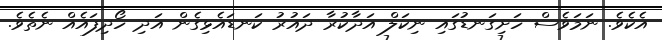
އެކެވެ. ނަމަވެސް ހަށިގަނޑުގައި ނިކަލް އަދާކުރާ ދައުރު ކަނޑައެޅިގެން އަދި ހޯދިފައެއް ނެތެވެ.